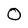
Character: O